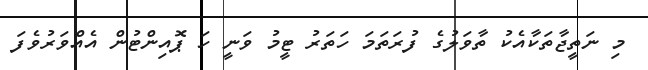
މި ނަތީޖާތަކާއެކު ތާވަލުގެ ފުރަތަމަ ހަތަރު ޓީމު ވަނީ ހަ ޕޮއިންޓުން އެއްވަރުވެފަ